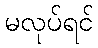
မလုပ်ရင်